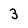
Character: 3